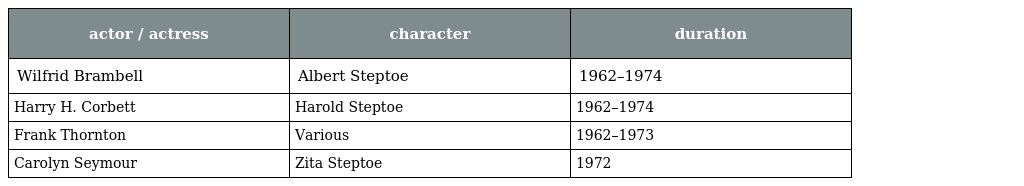
| actor / actress | character | duration |
 | --- | --- | --- |
 | Wilfrid Brambell | Albert Steptoe | 1962–1974 |
 | Harry H. Corbett | Harold Steptoe | 1962–1974 |
 | Frank Thornton | Various | 1962–1973 |
 | Carolyn Seymour | Zita Steptoe | 1972 |